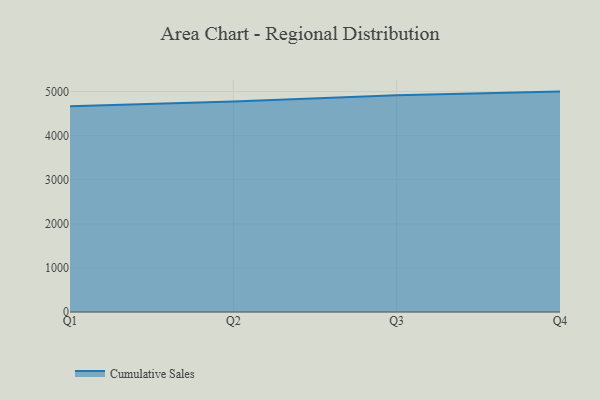
{"axis": {"x": "Quarter", "y": "Conversion Rate (%)"}, "legend": ["Cumulative Sales"], "data": [{"x": "Q1", "y": 4667.7, "type": "Cumulative Sales"}, {"x": "Q2", "y": 4774.8, "type": "Cumulative Sales"}, {"x": "Q3", "y": 4914.8, "type": "Cumulative Sales"}, {"x": "Q4", "y": 5000, "type": "Cumulative Sales"}]}